Civil Veterinary Department Bengal reports 1923-33 - 1923-1933
Year: 1923
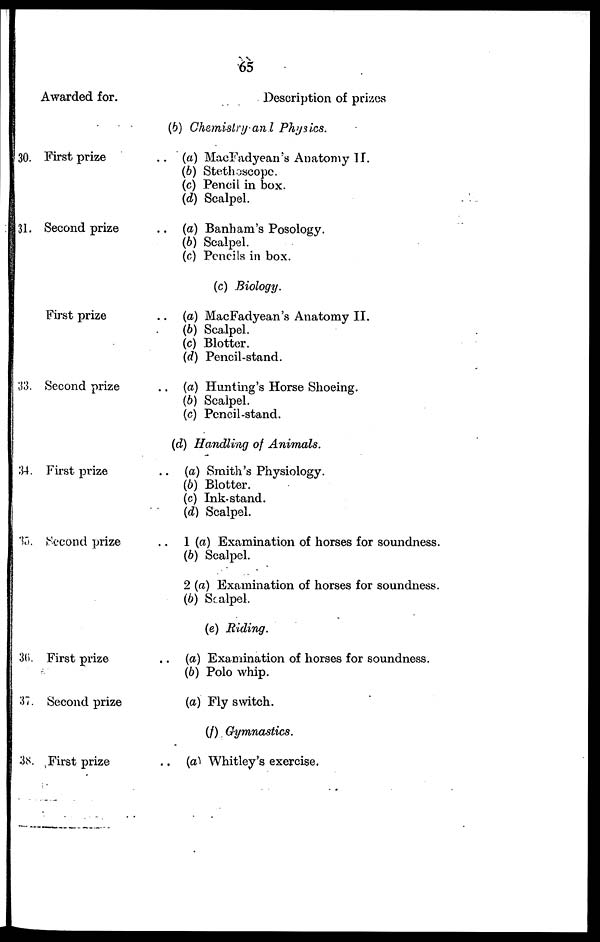
65
30.
31.
33.
34.
35
36.
37.
38.
Awarded for.
First prize
Second prize
First prize
Second prize
First prize
Second prize
First prize
Second prize
First prize
Description of prizes
(b) Chemistry and Physics.
.. (a) MacFadyean's Anatomy II.
(b) Stethoscope.
(c) Pencil in box.
(d) Scalpel.
.. (a) Banham's Posology.
(b) Scalpel.
(c) Pencils in box.
(c) Biology.
.. (a) MacFadyean's Anatomy II.
(b) Scalpel.
(c) Blotter.
(d) Pencil-stand.
.. (a) Hunting's Horse Shoeing.
(b) Scalpel.
(c) Pencil-stand.
(d) Handling of Animals.
.. (a) Smith's Physiology.
(b) Blotter.
(c) Ink-stand.
(d) Scalpel.
.. 1 (a) Examination of horses for soundness.
(b) Scalpel.
2 (a) Examination of horses for soundness.
(b) Scalpel.
(e) Biding.
.. (a) Examination of horses for soundness.
(b) Polo whip.
(a) Fly switch.
(f) Gymnastics.
.. (a) Whitley's exercise.